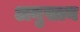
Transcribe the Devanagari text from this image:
अनुसान